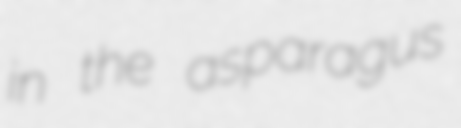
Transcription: in the asparagus